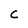
Character: C